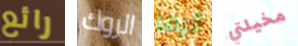
رائع الروك أثرها مخيلتي